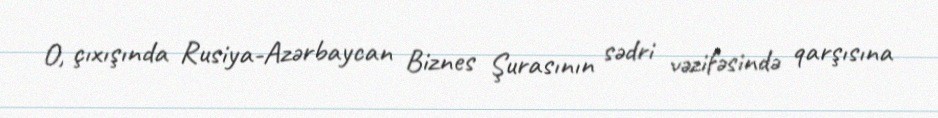
O, çıxışında Rusiya-Azərbaycan Biznes Şurasının sədri vəzifəsində qarşısına